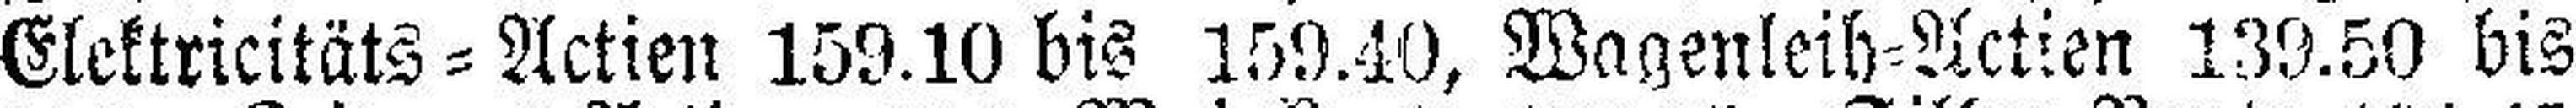
Elektricitäts = Actien 159.10 bis 159.40, Wagenteib=Actien 139.50 bis